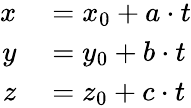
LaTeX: \begin{array}{rl}{x}&{{}=x_{0}+a\cdot t}\\ {y}&{{}=y_{0}+b\cdot t}\\ {z}&{{}=z_{0}+c\cdot t}\end{array}